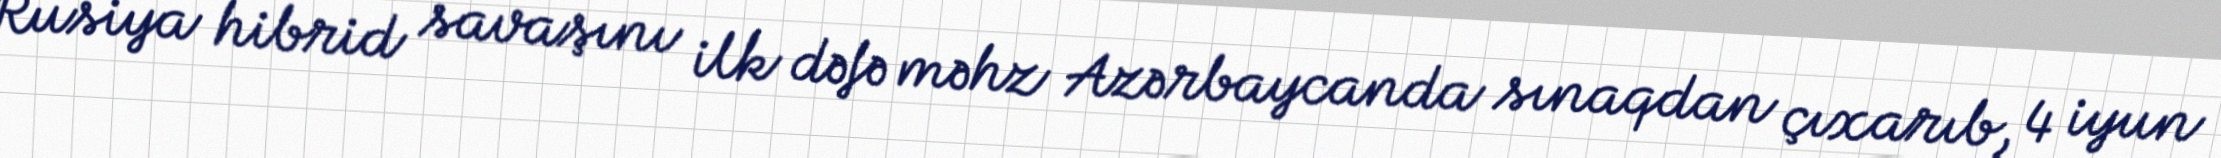
Rusiya hibrid savaşını ilk dəfə məhz Azərbaycanda sınaqdan çıxarıb, 4 iyun